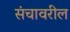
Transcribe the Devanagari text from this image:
संचावरील